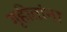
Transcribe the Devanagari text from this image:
गृहीतांना